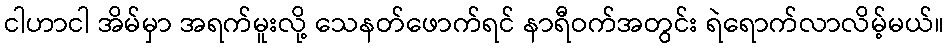
ငါဟာငါ အိမ်မှာ အရက်မူးလို့ သေနတ်ဖောက်ရင် နာရီဝက်အတွင်း ရဲရောက်လာလိမ့်မယ်။